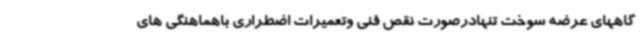
گاههای عرضه سوخت تنهادرصورت نقص فنی وتعمیرات اضطراری باهماهنگی های